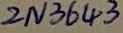
Text: 2N3643